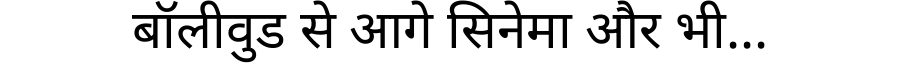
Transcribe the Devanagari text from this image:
बॉलीवुड से आगे सिनेमा और भी...